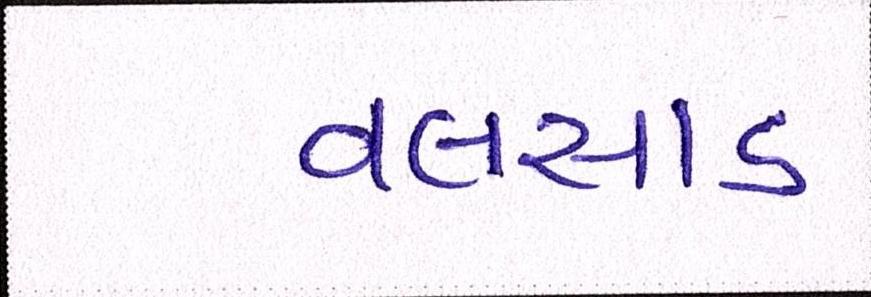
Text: વલસાડ